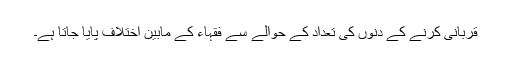
قربانی کرنے کے دنوں کی تعداد کے حوالے سے فقہاء کے مابین اختلاف پایا جاتا ہے۔